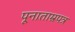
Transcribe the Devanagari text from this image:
पूनाताम्रपत्र